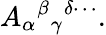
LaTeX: A_{\alpha}{}^{\beta}{}_{\gamma}{}^{\delta\cdots}.